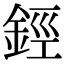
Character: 鋞